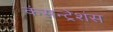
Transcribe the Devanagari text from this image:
कंसन्ट्रेशंस